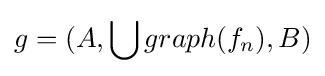
g=(A,\bigcup graph(f_{n}),B)